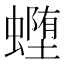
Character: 𰳜